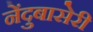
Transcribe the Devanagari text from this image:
नेंदुबासेरी